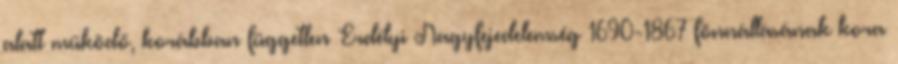
alatt működő, korábban független Erdélyi Nagyfejedelemség 1690-1867 fönnállásának kora